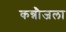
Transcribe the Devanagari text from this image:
कन्नौजला